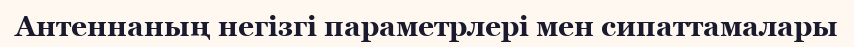
Антеннаның негізгі параметрлері мен сипаттамалары